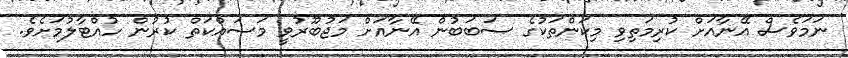
ނަމަވެސް އޭނާއަށް ކުރިމަތިވި މިކަންތަކުގެ ސަބަބުން އޭނާއަށް މަޖުބޫރުވީ މަސައްކަތް ކުރުން ހުއްޓާލުމަށެވެ.